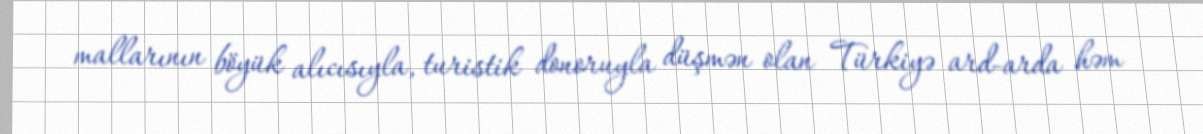
mallarının böyük alıcısıyla, turistik donoruyla düşmən olan Türkiyə ard-arda həm